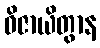
ဝိဇာယိတွာန